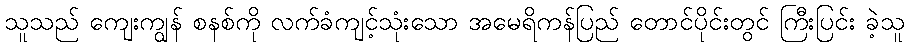
သူသည် ကျေးကျွန် စနစ်ကို လက်ခံကျင့်သုံးသော အမေရိကန်ပြည် တောင်ပိုင်းတွင် ကြီးပြင်း ခဲ့သူ